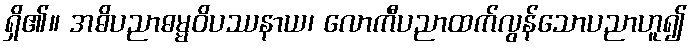
ရှိ၏။ အဓိပညာဓမ္မဝိပဿနာယ၊ လောကီပညာထက်လွန်သောပညာဟူ၍